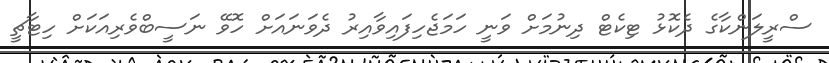
ސްރީލަންކާގެ ދެކޮޅު ޓިކެޓް ދިނުމަށް ވަނީ ހަމަޖެހިފައިވާއިރު ދެވަނައަށް ހޮވޭ ނަސީބްވެރިއަކަށް ހިޓާޗީ